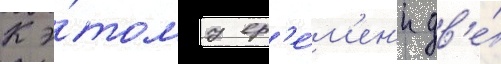
К э́тому вр'е́м'ен'и дв'е́